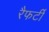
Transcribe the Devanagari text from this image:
रैफर्टी